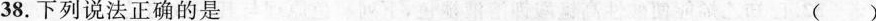
38.下列说法正确的是 ()